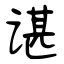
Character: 谌